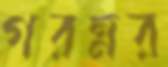
গরম্নর